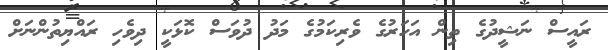
ރައީސް ނަޝީދުގެ ތިން އަހަރުގެ ވެރިކަމުގެ މަދު ދުވަސް ކޮޅަކީ ދިވެހި ރައްޔިތުންނަށް